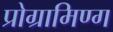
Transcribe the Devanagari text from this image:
प्रोग्रामिण्ग